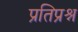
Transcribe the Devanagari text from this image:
प्रतिप्रश्न